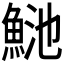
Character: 𩶴